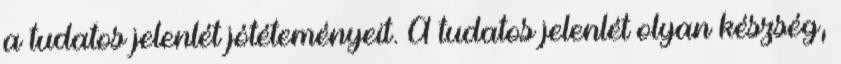
a tudatos jelenlét jótéteményeit. A tudatos jelenlét olyan készség,